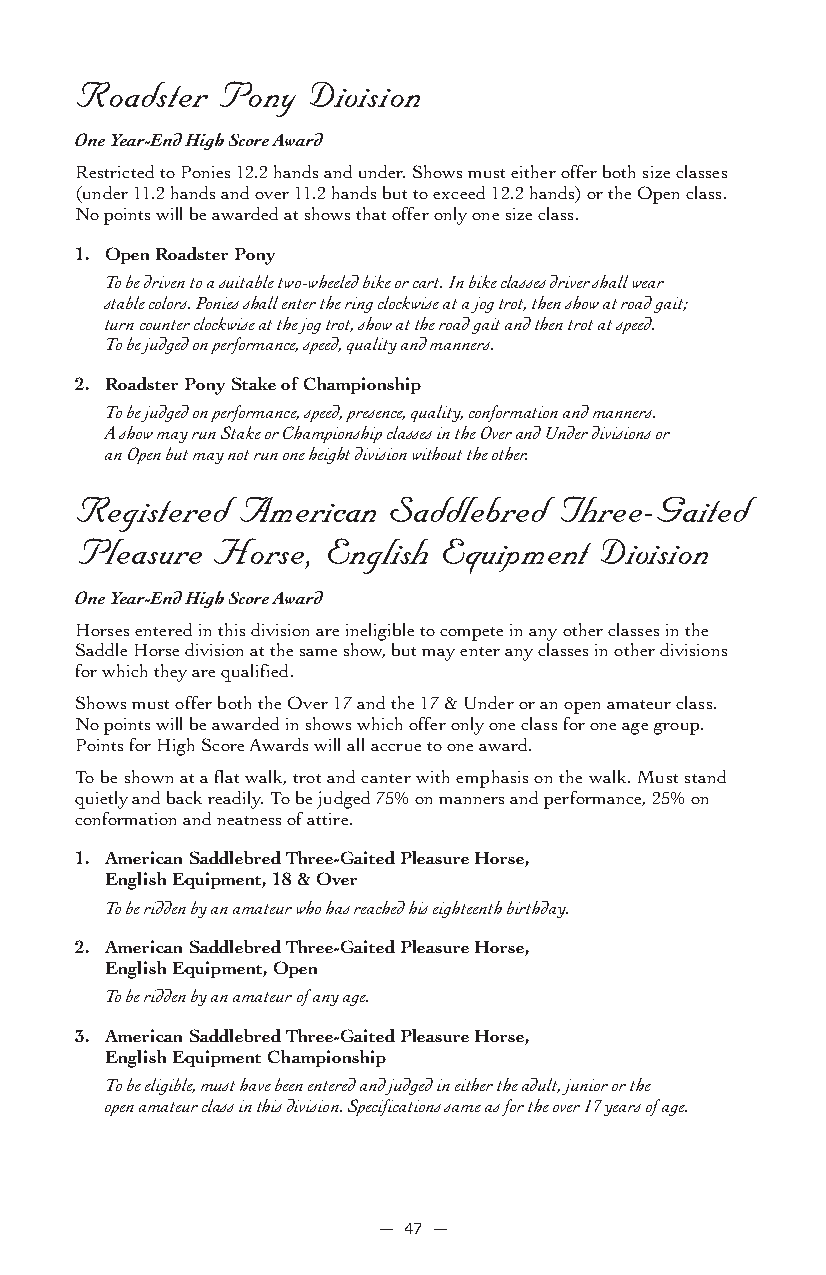
Roadster Pony  Division
 One Year-End High Score Award
 Restricted to Ponies 12.2 hands and under. Shows must either offer both size classes
 (under 11.2 hands and over 11.2 hands but to exceed 12.2 hands) or the Open class.
 No points will be awarded at shows that offer only one size class.
 1. Open Roadster Pony
 To be driven to a suitable two-wheeled bike or cart. In bike classes driver shall wear
 stable colors. Ponies shall enter the ring clockwise at a jog trot, then show at road gait;
 turn counter clockwise at the jog trot, show at the road gait and then trot at speed.
 To be judged on performance, speed, quality and manners.
 2. Roadster Pony Stake of Championship
 To be judged on performance, speed, presence, quality, conformation and manners.
 A show may run Stake or Championship classes in the Over and Under divisions or
 an Open but may not run one height division without the other.
 Registered American  Saddlebred Three-Gaited
 Pleasure Horse, English Equipment Division
 One Year-End High Score Award
 Horses entered in this division are ineligible to compete in any other classes in the
 Saddle Horse division at the same show, but may enter any classes in other divisions
 for which they are qualified.
 Shows must offer both the Over 17 and the 17 & Under or an open amateur class.
 No points will be awarded in shows which offer only one class for one age group.
 Points for High Score Awards will all accrue to one award.
 To be shown at a flat walk, trot and canter with emphasis on the walk. Must stand
 quietly and back readily. To be judged 75% on manners and performance, 25% on
 conformation and neatness of attire.
 1. American Saddlebred Three-Gaited Pleasure Horse,
 English Equipment, 18 & Over
 To be ridden by an amateur who has reached his eighteenth birthday.
 2. American Saddlebred Three-Gaited Pleasure Horse,
 English Equipment, Open
 To be ridden by an amateur of any age.
 3. American Saddlebred Three-Gaited Pleasure Horse,
 English Equipment Championship
 To be eligible, must have been entered and judged in either the adult, junior or the
 open amateur class in this division. Specifications same as for the over 17 years of age.
 — 47 —